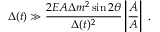
{ \Delta ( t ) } \gg \frac { 2 E A { \Delta m ^ { 2 } \sin 2 \theta } } { \Delta ( t ) ^ { 2 } } \left| \frac { \dot { A } } { { A } } \right| \; .